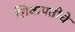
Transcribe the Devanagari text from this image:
शिवापतीचे